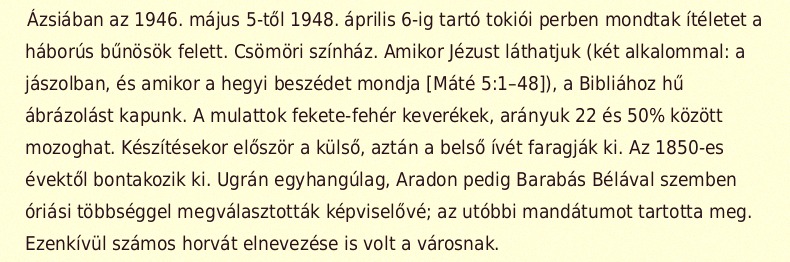
Ázsiában az 1946. május 5-től 1948. április 6-ig tartó tokiói perben mondtak ítéletet a háborús bűnösök felett. Csömöri színház. Amikor Jézust láthatjuk (két alkalommal: a jászolban, és amikor a hegyi beszédet mondja [Máté 5:1–48]), a Bibliához hű ábrázolást kapunk. A mulattok fekete-fehér keverékek, arányuk 22 és 50% között mozoghat. Készítésekor először a külső, aztán a belső ívét faragják ki. Az 1850-es évektől bontakozik ki. Ugrán egyhangúlag, Aradon pedig Barabás Bélával szemben óriási többséggel megválasztották képviselővé; az utóbbi mandátumot tartotta meg. Ezenkívül számos horvát elnevezése is volt a városnak.